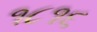
૧૮૧૬